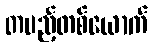
တပည့်တစ်ယောက်